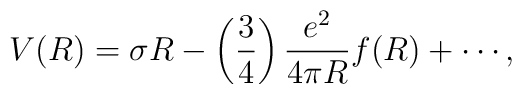
V(R) = \sigma R - \left(\frac{3}{4}\right)\frac{e^2}{4\pi R}f(R) + \cdots,